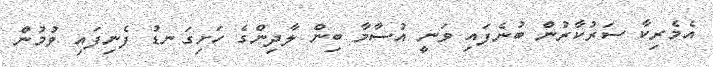
އެމެރިކާ ސަރުކާރުން ބުނެފައި ވަނީ އުސާމާ ބިން ލާދިންގެ ހަށިގަނޑު ފެނިފައި ވުމުން